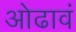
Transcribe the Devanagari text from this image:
ओढावं